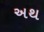
અથ